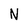
Character: N